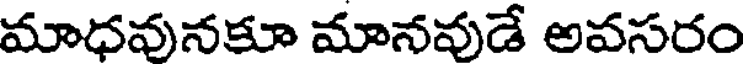
మాధవునకూ మానవుడే అవసరం